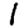
Digit: 1